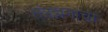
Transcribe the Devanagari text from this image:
तंत्रज्ञनाचा